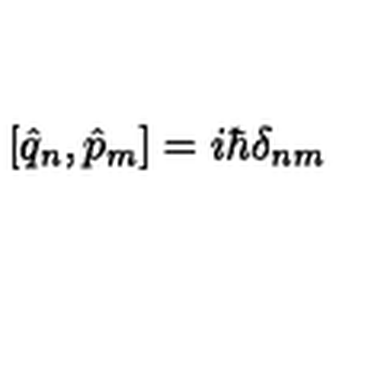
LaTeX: [ \hat { q } _ { n } , \hat { p } _ { m } ] = i \hbar \delta _ { n m }